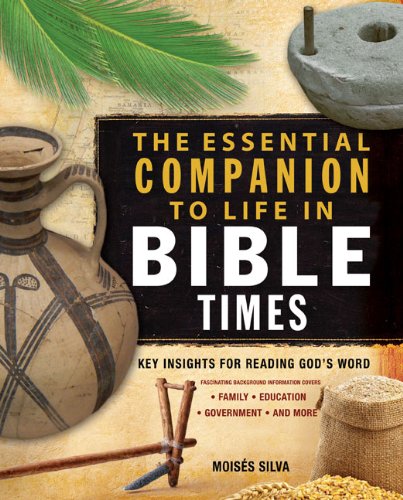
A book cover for The Essential Companion to Life in Bible Times: Key Insights for Reading God's Word (Essential Bible Companion Series); MoisÃ©s Silva; Christian Books & Bibles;